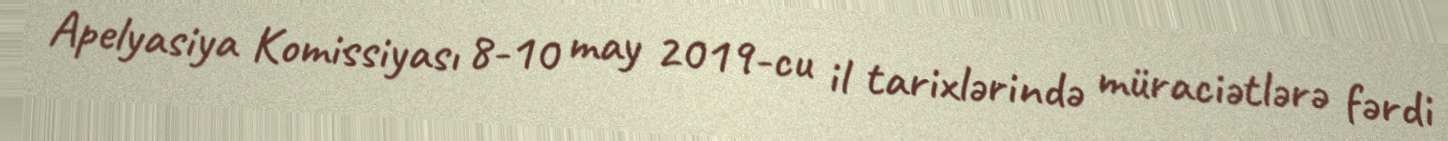
Apelyasiya Komissiyası 8-10 may 2019-cu il tarixlərində müraciətlərə fərdi